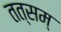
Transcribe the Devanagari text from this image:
तत्सम्